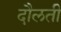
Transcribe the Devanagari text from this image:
दौलती